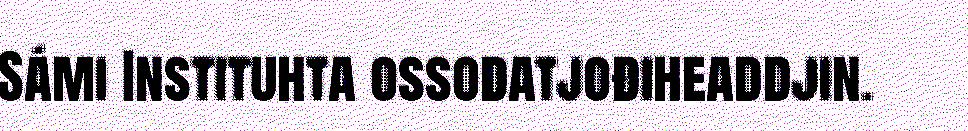
Sámi Instituhta ossodatjođiheaddjin.